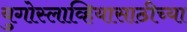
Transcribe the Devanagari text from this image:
युगोस्लाव्हियासाठीच्या